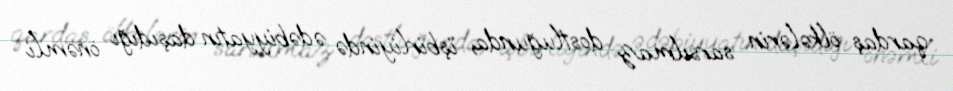
qardaş ölkələrin sarsılmaz dostluğunda, işbirliyində ədəbiyyatın daşıdığı önəmli